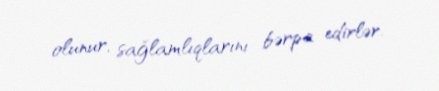
olunur, sağlamlıqlarını bərpa edirlər.